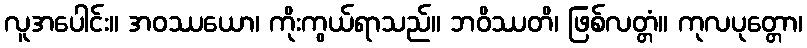
လူအပေါင်း။ အဝဿယော၊ ကိုးကွယ်ရာသည်။ ဘဝိဿတိ၊ ဖြစ်လတ္တံ။ ကုလပုတ္တော၊